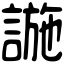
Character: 𧩹